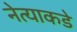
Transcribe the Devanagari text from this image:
नेत्याकडे